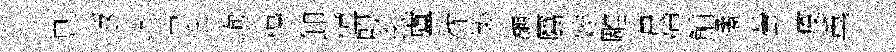
息返屹京迄峋傷卸憧殷玄蘆紞製瀰屬娭雕晨傅鯆璚螢疫薫